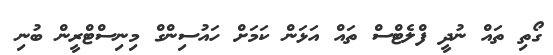
ގޯތި ތައް ނުދީ ފްލެޓްސް ތައް އަޅަން ކަމަށް ހައުސިންގް މިނިސްޓްރީން ބުނި